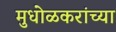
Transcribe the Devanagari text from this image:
मुधोळकरांच्या